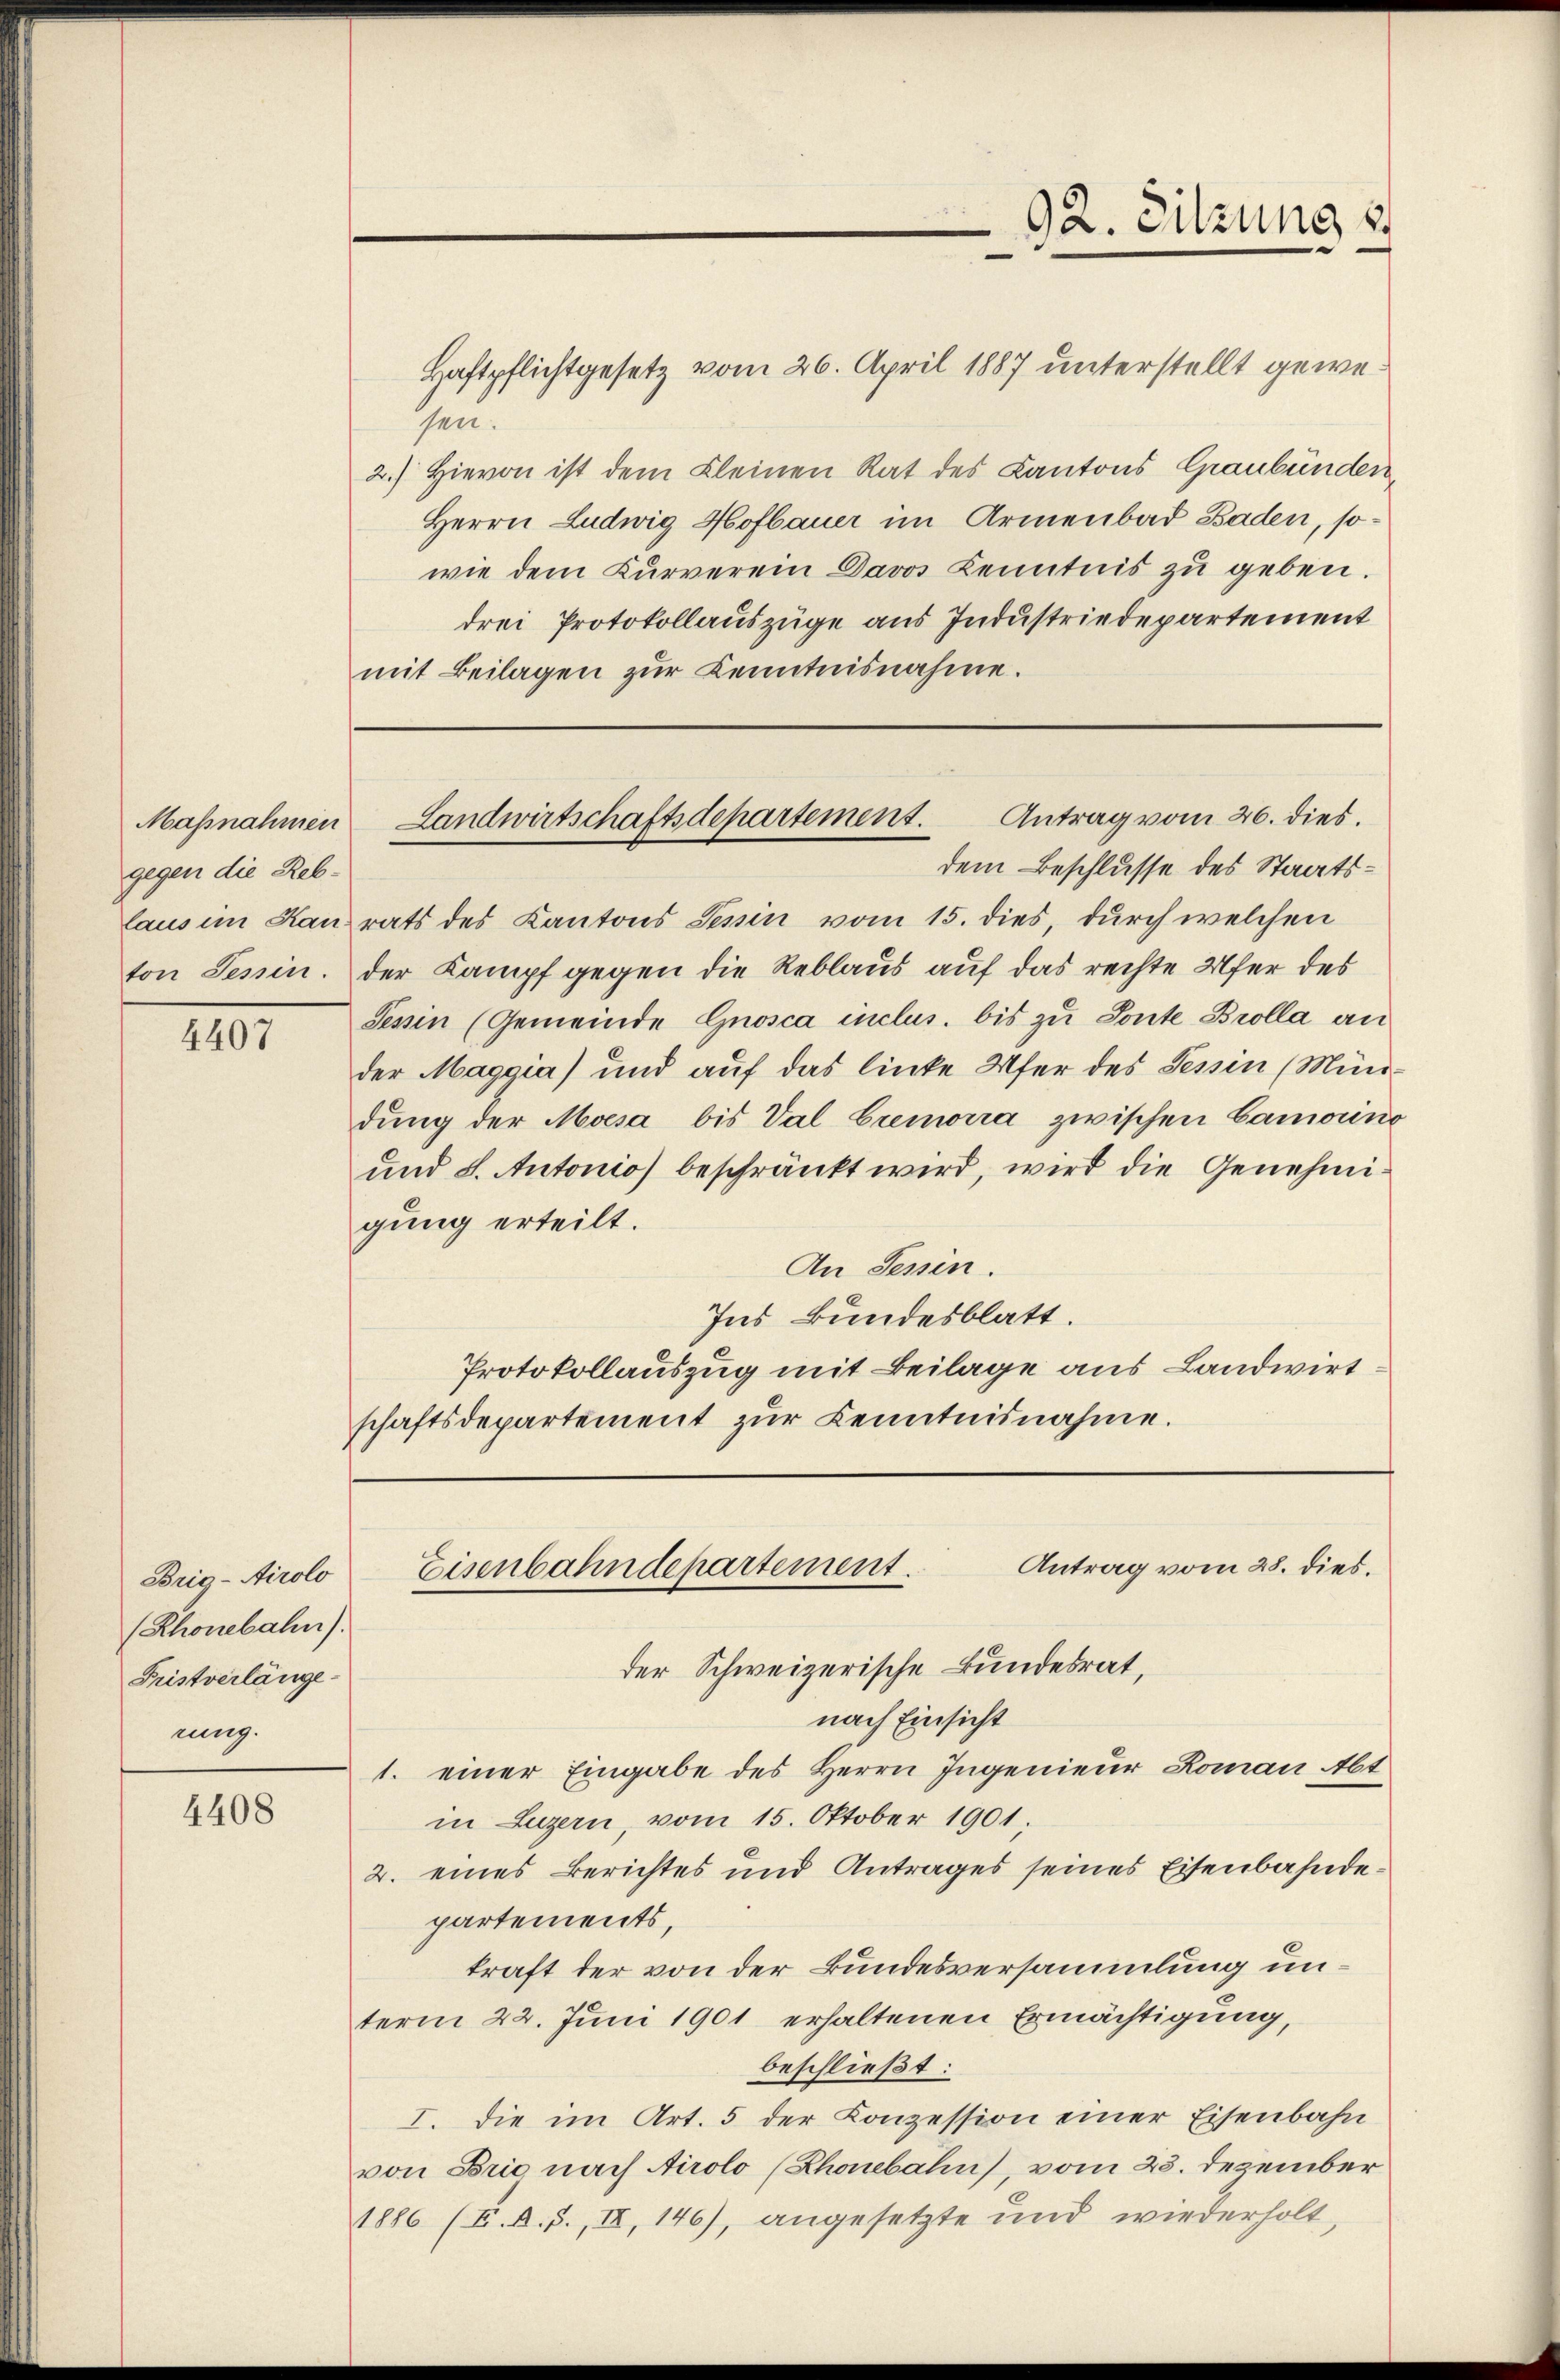
gegen die Reb¬

4407

Brig-Airolo
(Rhonebahn.
Fristverlänge
rung.

4408

Haftpflichtgesetz vom 26. April 1887 unterstellt gewesei.
2.) Hievon ist dem Kleinen Rat des Kantons Graubünden
Herrn Ludwig Hofbauer im Armenbad Baden, sowie dem Kurverein Davos Kenntnis zu geben.
drei Protokollauszüge aus Industriedepartement
mit Beilagen zur Kenntnisnahme.

dem Beschlusse des Staatslaus im Kanrats des Kantons Tessin vom 15. dies, durch welchen
ton Tessin. Der Kampf gegen die Reblaus auf das rechte Ufer des
Tessin (Gemeinde Gnosca inclus. bis zu Ponte Brolla an
der Maggia) und auf das linke Ufer des Tessin (Mündung der Moisa bis Val Cremoria zwischen Camerino
und 8. Autonio) beschränkt wird, wird die Genehmigung erteilt.
An Tessin.
Ins Bundesblatt.
Protokollauszug mit Beilage aus Landwirtschaftsdepartement zŭr Kenntnisnahme.

Maßnahmen Landwirtschaftsdepartement. Antrag vom 26. dies.

92. Sitzung
e

Antrag vom 28. dies.
Eisenbahndepartement.

der Schweizerische Bundesrat,
nach Einsicht
1. einer Eingabe des Herrn Ingenieur Roman Abt
in Luzern, vom 15. Oktober 1901
2. eines Berichtes und Antrages seines Eisenbahndepartements,
kraft der von der Bundesversammlung unterm 22. Juni 1901 erhaltenen Ermächtigung,
beschließt:
I. Die im Art. 5 der Conzession einer Eisenbahn
von Brie nach Airolo (Rhonebahn, vom 23. Dezember
1886 (E. A. S., II, 146), angesetzte und wiederholt,